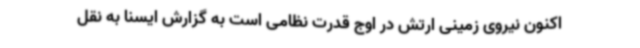
اکنون نیروی زمینی ارتش در اوج قدرت نظامی است به گزارش ایسنا به نقل